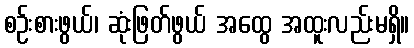
စဉ်းစားဖွယ်၊ ဆုံးဖြတ်ဖွယ် အထွေ အထူးလည်းမရှိ။